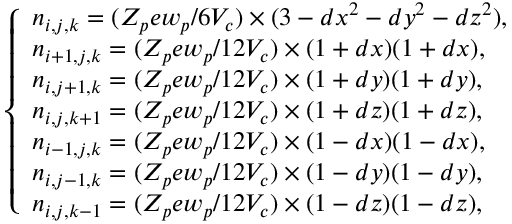
\left\{ \begin{array} { l l } { n _ { i , j , k } = ( Z _ { p } e w _ { p } / 6 V _ { c } ) \times ( 3 - d x ^ { 2 } - d y ^ { 2 } - d z ^ { 2 } ) , } \\ { n _ { i + 1 , j , k } = ( Z _ { p } e w _ { p } / 1 2 V _ { c } ) \times ( 1 + d x ) ( 1 + d x ) , } \\ { n _ { i , j + 1 , k } = ( Z _ { p } e w _ { p } / 1 2 V _ { c } ) \times ( 1 + d y ) ( 1 + d y ) , } \\ { n _ { i , j , k + 1 } = ( Z _ { p } e w _ { p } / 1 2 V _ { c } ) \times ( 1 + d z ) ( 1 + d z ) , } \\ { n _ { i - 1 , j , k } = ( Z _ { p } e w _ { p } / 1 2 V _ { c } ) \times ( 1 - d x ) ( 1 - d x ) , } \\ { n _ { i , j - 1 , k } = ( Z _ { p } e w _ { p } / 1 2 V _ { c } ) \times ( 1 - d y ) ( 1 - d y ) , } \\ { n _ { i , j , k - 1 } = ( Z _ { p } e w _ { p } / 1 2 V _ { c } ) \times ( 1 - d z ) ( 1 - d z ) , } \end{array} \right.